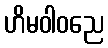
ဟိမဝါဝညေ